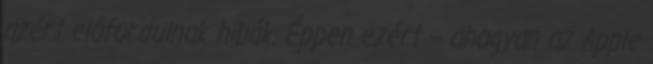
azért előfordulnak hibák. Éppen ezért – ahogyan az Apple